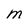
Character: M